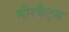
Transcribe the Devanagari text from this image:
मीरकैट्स